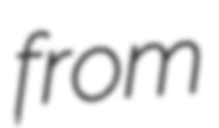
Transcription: from